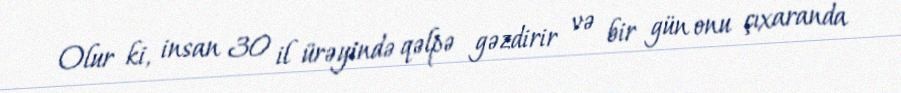
Olur ki, insan 30 il ürəyində qəlpə gəzdirir və bir gün onu çıxaranda